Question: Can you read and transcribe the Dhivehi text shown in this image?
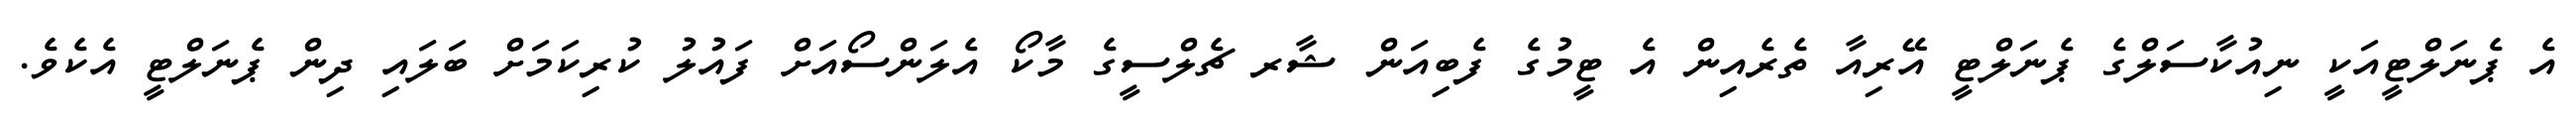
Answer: އެ ޕެނަލްޓީއަކީ ނިއުކާސަލްގެ ޕެނަލްޓީ އޭރިއާ ތެރެއިން އެ ޓީމުގެ ފެބިއަން ޝާރ ޗެލްސީގެ މާކޯ އެލަންސޯއަށް ފައުލު ކުރިކަމަށް ބަލައި ދިން ޕެނަލްޓީ އެކެވެ.